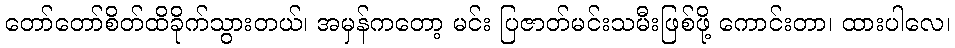
တော်တော်စိတ်ထိခိုက်သွားတယ်၊ အမှန်ကတော့ မင်း ပြဇာတ်မင်းသမီးဖြစ်ဖို့ ကောင်းတာ၊ ထားပါလေ၊